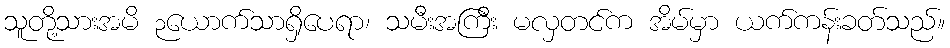
သူတို့သားအမိ ၃ယောက်သာရှိပေရာ၊ သမီးအကြီး မလှတင်က အိမ်မှာ ယက်ကန်းခတ်သည်။